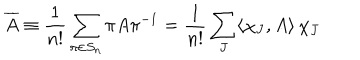
\overline { { A } } \equiv \frac { 1 } { n ! } \sum _ { \pi \in S _ { n } } \pi A \pi ^ { - 1 } = \frac { 1 } { n ! } \sum _ { J } \langle \chi _ { J } , A \rangle \, \chi _ { J }